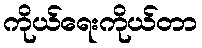
ကိုယ်ရေးကိုယ်တာ